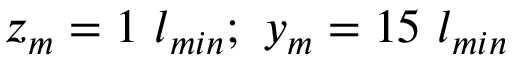
z _ { m } = 1 ~ l _ { m i n } ; ~ y _ { m } = 1 5 ~ l _ { m i n }